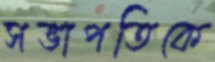
সভাপতিকে